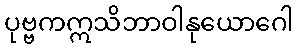
ပုဗ္ဗကဣသိဘာဝါနုယောဂေါ